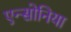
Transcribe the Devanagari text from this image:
एन्सोनिया